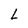
Character: L